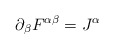
\begin{align*}\partial_\beta F^{\alpha \beta} =J^\alpha\end{align*}